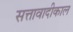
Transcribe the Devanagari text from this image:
सत्तावादीकाल